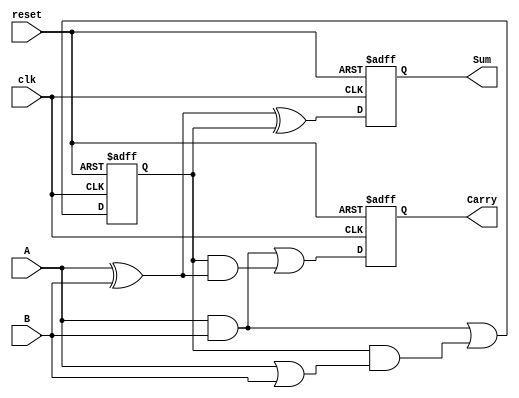
module sequential_half_adder (
    input wire clk,          // Clock input
    input wire reset,        // Asynchronous reset input
    input wire A,           // First single-bit input
    input wire B,           // Second single-bit input
    output reg Sum,         // Sum output
    output reg Carry        // Carry output
);

    // Internal register to hold the previous carry value
    reg prev_carry;

    always @(posedge clk or posedge reset) begin
        if (reset) begin
            // Reset state
            prev_carry <= 1'b0;
            Sum <= 1'b0;
            Carry <= 1'b0;
        end else begin
            // Calculate the sum and carry based on current inputs and previous carry
            Sum <= A ^ B ^ prev_carry; // Sum = A XOR B XOR previous carry
            Carry <= (A & B) | (prev_carry & (A ^ B)); // Carry = (A AND B) OR (previous carry AND (A XOR B))
            prev_carry <= (A & B) | (prev_carry & (A | B)); // Update previous carry for next clock cycle
        end
    end

endmodule